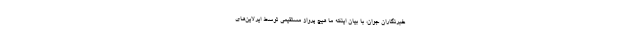
خبرنگاران جوان، با بیان اینکه ما هیچ پرواز مستقیمی توسط ایرلاین‌های